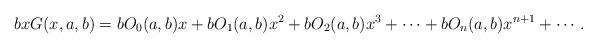
LaTeX: \begin{align*}bxG(x,a,b)=bO_{0}(a,b)x+bO_{1}(a,b)x^{2}+bO_{2}(a,b)x^{3}+\cdots+bO_{n}(a,b)x^{n+1}+\cdots. \end{align*}